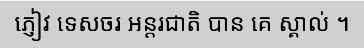
ភ្ញៀវ ទេសចរ អន្តរជាតិ បាន គេ ស្គាល់ ។